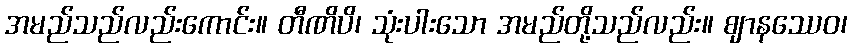
အမည်သည်လည်းကောင်း။ တီဏိပိ၊ သုံးပါးသော အမည်တို့သည်လည်း။ ဈာနဿေဝ၊